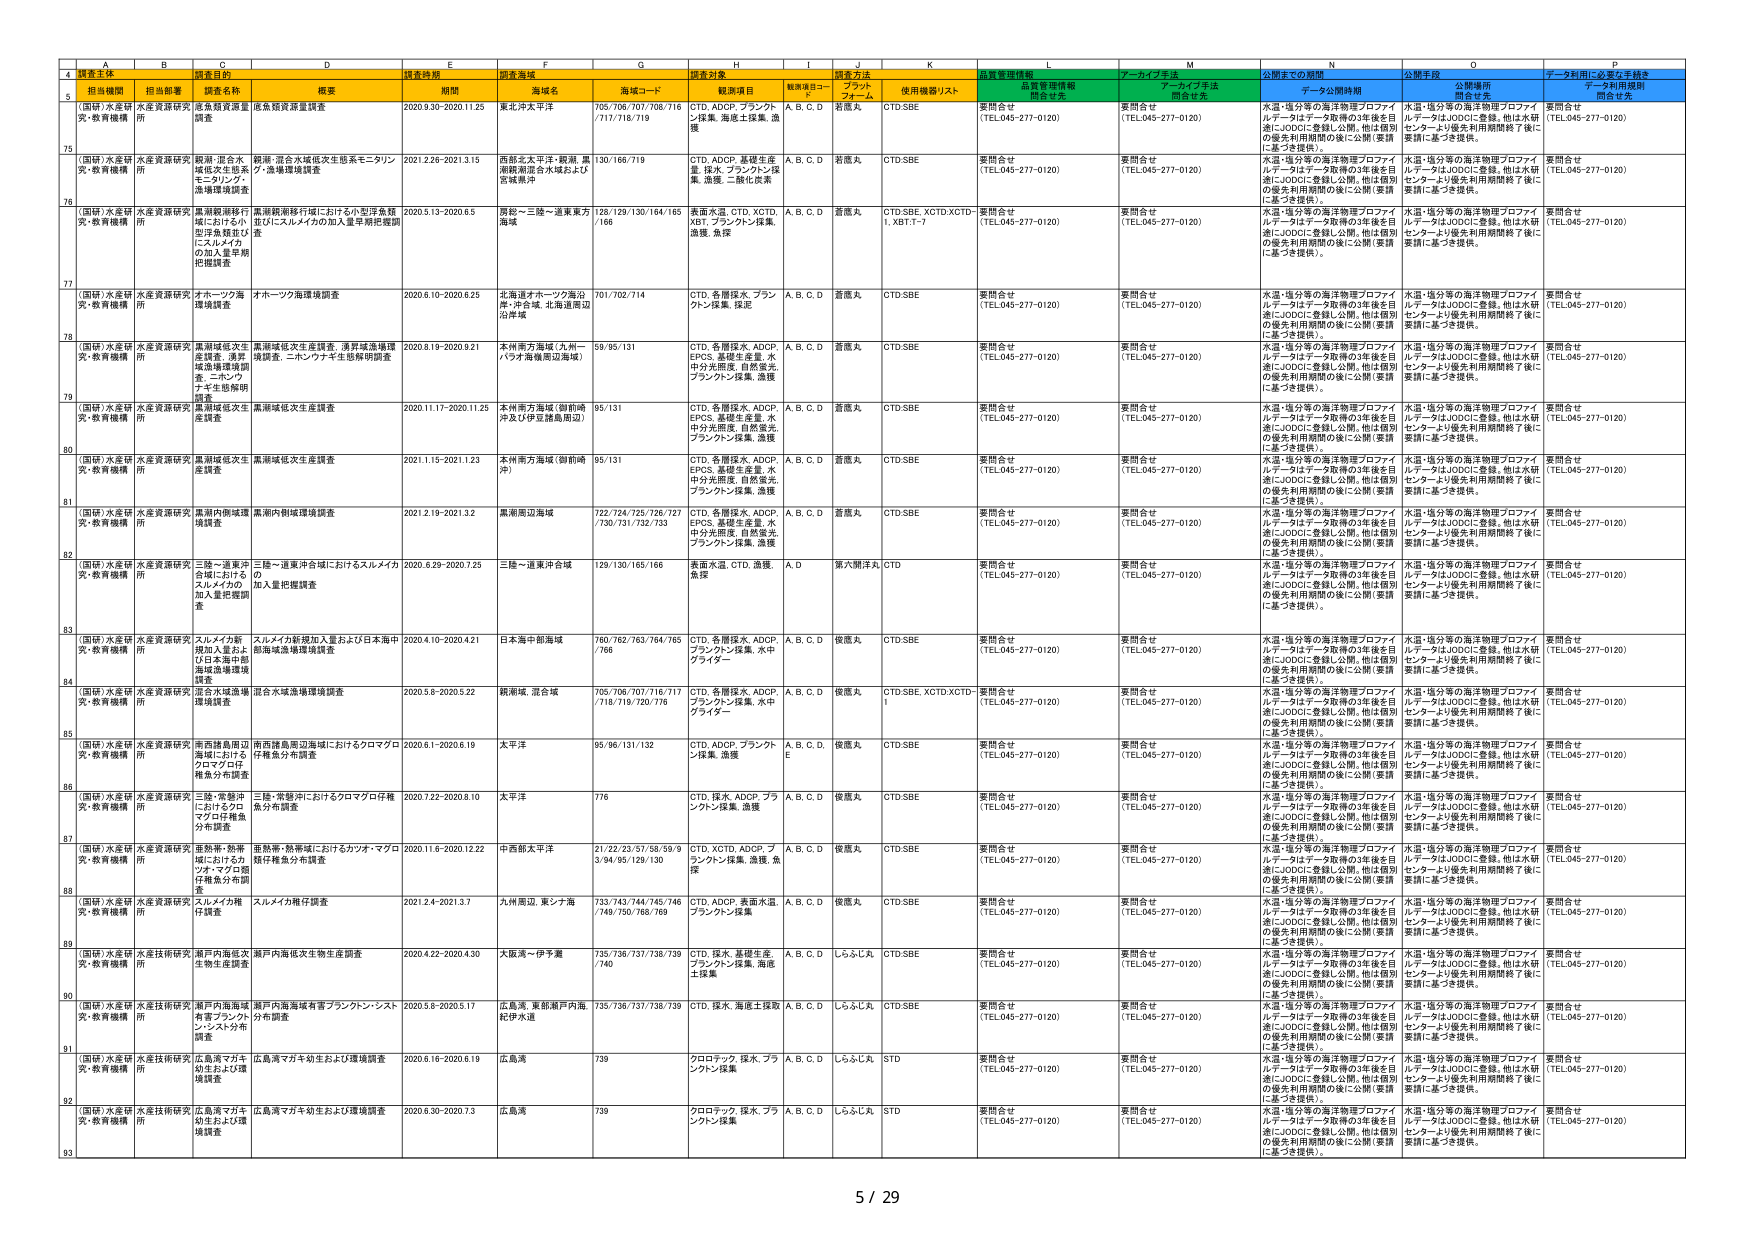
4 調査主体
5 担当機関 担当部署 調査目的 調査時期 調査海域 調査対象 調査方法 品質管理情報 データの公開期間 データ利用に関する手続き
6 （国研）水産研 究・教育機構 水産資源研究所 底魚類資源調査 底魚類資源調査 2020.9.30-2020.11.25 東北沖太平洋 705/706/707/708/716 /717/718/719 CTD, ADCP, ブランド レ採集, 海底土採集, 漁 獲 A, B, C, D 船載A CTD,SBE 要問合せ (TEL.045-277-0120) 要問合せ (TEL.045-277-0120) 水温・塩分等の海洋物理プロファイ ルデータはデータ取得の3年後を目 指しJODCに登録し公開。他は個別 の優先利用期間の後に公開（要請 に基づき提供）。 水温・塩分等の海洋物理プロファイ ルデータはJODCに登録。他は水研 センターより優先利用期間終了後に 要請に基づき提供。 要問合せ (TEL.045-277-0120)
75 （国研）水産研 究・教育機構 水産資源研究所 鯛科・混合水 域底支生態系 モニタリング・ 漁獲様態調査 鯛類・混合水域底支生態系モニタリン グ・漁獲様態調査 2021.2.26-2021.3.15 西部北太平洋・鯛類、黒 潮勝潮混合水域および 宮城県沖 130/166/719 CTD, ADCP, 基礎生産 量, 採水, ブランドレ採 集, 漁獲, 二酸化炭素 A, B, C, D 船載A CTD,SBE 要問合せ (TEL.045-277-0120) 要問合せ (TEL.045-277-0120) 水温・塩分等の海洋物理プロファイ ルデータはデータ取得の3年後を目 指しJODCに登録し公開。他は個別 の優先利用期間の後に公開（要請 に基づき提供）。 水温・塩分等の海洋物理プロファイ ルデータはJODCに登録。他は水研 センターより優先利用期間終了後に 要請に基づき提供。 要問合せ (TEL.045-277-0120)
76 （国研）水産研 究・教育機構 水産資源研究所 黒潮観測移行 期における小 型浮魚類及び にスルメイカ の加入量早期 把握調査 黒潮観測移行期における小型浮魚類 及びにスルメイカの加入量早期把握調 査 2020.5.13-2020.6.5 房総～三陸～道東東方 海域 128/129/130/164/165 /166 表面水温, CTD, XCTD, XBT, ブランドレ採集, 漁獲, 魚探 A, B, C, D 船載A CTD,SBE, XCTD,XCTD- 1, XBT,T-7 要問合せ (TEL.045-277-0120) 要問合せ (TEL.045-277-0120) 水温・塩分等の海洋物理プロファイ ルデータはデータ取得の3年後を目 指しJODCに登録し公開。他は個別 の優先利用期間の後に公開（要請 に基づき提供）。 水温・塩分等の海洋物理プロファイ ルデータはJODCに登録。他は水研 センターより優先利用期間終了後に 要請に基づき提供。 要問合せ (TEL.045-277-0120)
77 （国研）水産研 究・教育機構 水産資源研究所 オホーツク海 環境調査 オホーツク海環境調査 2020.6.10-2020.6.25 北海道オホーツク海沿 岸・沖合域, 北海道周辺 沿岸域 701/702/714 CTD, 各層採水, ブラン クレ採集, 採泥 A, B, C, D 船載A CTD,SBE 要問合せ (TEL.045-277-0120) 要問合せ (TEL.045-277-0120) 水温・塩分等の海洋物理プロファイ ルデータはデータ取得の3年後を目 指しJODCに登録し公開。他は個別 の優先利用期間の後に公開（要請 に基づき提供）。 水温・塩分等の海洋物理プロファイ ルデータはJODCに登録。他は水研 センターより優先利用期間終了後に 要請に基づき提供。 要問合せ (TEL.045-277-0120)
78 （国研）水産研 究・教育機構 水産資源研究所 黒潮域底支生 産調査・漁群 場環境調査調 査・ニワトウ ナ生産態勢調 査 黒潮域底支生産調査, 漁群場環境調 査調査, ニワトウナ生産態勢調査 2020.8.19-2020.9.21 本州東方海域（九州～ パラオ海嶺周辺海域） 59/85/131 CTD, 各層採水, ADCP, EPCS, 基礎生産量, 水 中分光照度, 自然蛍光, ブランドン採集, 漁獲 A, B, C, D 船載A CTD,SBE 要問合せ (TEL.045-277-0120) 要問合せ (TEL.045-277-0120) 水温・塩分等の海洋物理プロファイ ルデータはデータ取得の3年後を目 指しJODCに登録し公開。他は個別 の優先利用期間の後に公開（要請 に基づき提供）。 水温・塩分等の海洋物理プロファイ ルデータはJODCに登録。他は水研 センターより優先利用期間終了後に 要請に基づき提供。 要問合せ (TEL.045-277-0120)
79 （国研）水産研 究・教育機構 水産資源研究所 黒潮域底支生 産調査 黒潮域底支生産調査 2020.11.17-2020.11.25 本州東方海域（御前崎 沖及び伊豆諸島周辺） 95/131 CTD, 各層採水, ADCP, EPCS, 基礎生産量, 水 中分光照度, 自然蛍光, ブランドン採集, 漁獲 A, B, C, D 船載A CTD,SBE 要問合せ (TEL.045-277-0120) 要問合せ (TEL.045-277-0120) 水温・塩分等の海洋物理プロファイ ルデータはデータ取得の3年後を目 指しJODCに登録し公開。他は個別 の優先利用期間の後に公開（要請 に基づき提供）。 水温・塩分等の海洋物理プロファイ ルデータはJODCに登録。他は水研 センターより優先利用期間終了後に 要請に基づき提供。 要問合せ (TEL.045-277-0120)
80 （国研）水産研 究・教育機構 水産資源研究所 黒潮域底支生 産調査 黒潮域底支生産調査 2021.1.15-2021.1.23 本州東方海域（御前崎 沖） 95/131 CTD, 各層採水, ADCP, EPCS, 基礎生産量, 水 中分光照度, 自然蛍光, ブランドン採集, 漁獲 A, B, C, D 船載A CTD,SBE 要問合せ (TEL.045-277-0120) 要問合せ (TEL.045-277-0120) 水温・塩分等の海洋物理プロファイ ルデータはデータ取得の3年後を目 指しJODCに登録し公開。他は個別 の優先利用期間の後に公開（要請 に基づき提供）。 水温・塩分等の海洋物理プロファイ ルデータはJODCに登録。他は水研 センターより優先利用期間終了後に 要請に基づき提供。 要問合せ (TEL.045-277-0120)
81 （国研）水産研 究・教育機構 水産資源研究所 黒潮内側環境 様態調査 黒潮内側環境様態調査 2021.2.19-2021.3.2 黒潮周辺海域 722/724/725/726/727 /730/731/732/733 CTD, 各層採水, ADCP, EPCS, 基礎生産量, 水 中分光照度, 自然蛍光, ブランドン採集, 漁獲 A, B, C, D 船載A CTD,SBE 要問合せ (TEL.045-277-0120) 要問合せ (TEL.045-277-0120) 水温・塩分等の海洋物理プロファイ ルデータはデータ取得の3年後を目 指しJODCに登録し公開。他は個別 の優先利用期間の後に公開（要請 に基づき提供）。 水温・塩分等の海洋物理プロファイ ルデータはJODCに登録。他は水研 センターより優先利用期間終了後に 要請に基づき提供。 要問合せ (TEL.045-277-0120)
82 （国研）水産研 究・教育機構 水産資源研究所 三陸～道東沖 合域における スルメイカの 加入量把握調 査 三陸～道東沖合域におけるスルメイカ 加入量把握調査 2020.6.29-2020.7.25 三陸～道東沖合域 129/130/165/166 表面水温, CTD, 漁獲, 魚探 A, D 第六関洋丸 CTD 要問合せ (TEL.045-277-0120) 要問合せ (TEL.045-277-0120) 水温・塩分等の海洋物理プロファイ ルデータはデータ取得の3年後を目 指しJODCに登録し公開。他は個別 の優先利用期間の後に公開（要請 に基づき提供）。 水温・塩分等の海洋物理プロファイ ルデータはJODCに登録。他は水研 センターより優先利用期間終了後に 要請に基づき提供。 要問合せ (TEL.045-277-0120)
83 （国研）水産研 究・教育機構 水産資源研究所 スルメイカ新 規加入量およ び日本海中部 海域漁獲様態 調査 スルメイカ新規加入量および日本海中 部海域漁獲様態調査 2020.4.10-2020.4.21 日本海中部海域 760/762/763/764/765 /766 CTD, 各層採水, ADCP, ブランドン採集, 水中 グライダー A, B, C, D 複載A CTD,SBE 要問合せ (TEL.045-277-0120) 要問合せ (TEL.045-277-0120) 水温・塩分等の海洋物理プロファイ ルデータはデータ取得の3年後を目 指しJODCに登録し公開。他は個別 の優先利用期間の後に公開（要請 に基づき提供）。 水温・塩分等の海洋物理プロファイ ルデータはJODCに登録。他は水研 センターより優先利用期間終了後に 要請に基づき提供。 要問合せ (TEL.045-277-0120)
84 （国研）水産研 究・教育機構 水産資源研究所 混合水域環境 様態調査 混合水域環境様態調査 2020.5.8-2020.5.22 親潮域, 混合域 705/706/707/716/717 /718/719/720/776 CTD, 各層採水, ADCP, ブランドン採集, 水中 グライダー A, B, C, D 複載A CTD,SBE, XCTD,XCTD- 1 要問合せ (TEL.045-277-0120) 要問合せ (TEL.045-277-0120) 水温・塩分等の海洋物理プロファイ ルデータはデータ取得の3年後を目 指しJODCに登録し公開。他は個別 の優先利用期間の後に公開（要請 に基づき提供）。 水温・塩分等の海洋物理プロファイ ルデータはJODCに登録。他は水研 センターより優先利用期間終了後に 要請に基づき提供。 要問合せ (TEL.045-277-0120)
85 （国研）水産研 究・教育機構 水産資源研究所 南西諸島周辺 海域における クロマグロの 種魚分布調査 南西諸島周辺海域におけるクロマグロ 種魚分布調査 2020.6.1-2020.6.19 太平洋 95/96/131/132 CTD, ADCP, ブランド レ採集, 漁獲 A, B, C, D, E 船載A CTD,SBE 要問合せ (TEL.045-277-0120) 要問合せ (TEL.045-277-0120) 水温・塩分等の海洋物理プロファイ ルデータはデータ取得の3年後を目 指しJODCに登録し公開。他は個別 の優先利用期間の後に公開（要請 に基づき提供）。 水温・塩分等の海洋物理プロファイ ルデータはJODCに登録。他は水研 センターより優先利用期間終了後に 要請に基づき提供。 要問合せ (TEL.045-277-0120)
86 （国研）水産研 究・教育機構 水産資源研究所 三陸・常磐沖 におけるクロ マグロ仔稚魚 分布調査 三陸・常磐沖におけるクロマグロ仔稚 魚分布調査 2020.7.22-2020.8.10 太平洋 776 CTD, 採水, ADCP, ブラ ンドン採集, 漁獲 A, B, C, D 複載A CTD,SBE 要問合せ (TEL.045-277-0120) 要問合せ (TEL.045-277-0120) 水温・塩分等の海洋物理プロファイ ルデータはデータ取得の3年後を目 指しJODCに登録し公開。他は個別 の優先利用期間の後に公開（要請 に基づき提供）。 水温・塩分等の海洋物理プロファイ ルデータはJODCに登録。他は水研 センターより優先利用期間終了後に 要請に基づき提供。 要問合せ (TEL.045-277-0120)
87 （国研）水産研 究・教育機構 水産資源研究所 亜熱帯・熱帯 域におけるカ ツオ・マグロ類 仔稚魚分布調 査 亜熱帯・熱帯域におけるカツオ・マグロ 類仔稚魚分布調査 2020.11.6-2020.12.22 中西部太平洋 21/22/23/57/58/59/9 3/94/95/129/130 CTD, XCTD, ADCP, ブ ランドン採集, 漁獲, 魚 探 A, B, C, D 複載A CTD,SBE 要問合せ (TEL.045-277-0120) 要問合せ (TEL.045-277-0120) 水温・塩分等の海洋物理プロファイ ルデータはデータ取得の3年後を目 指しJODCに登録し公開。他は個別 の優先利用期間の後に公開（要請 に基づき提供）。 水温・塩分等の海洋物理プロファイ ルデータはJODCに登録。他は水研 センターより優先利用期間終了後に 要請に基づき提供。 要問合せ (TEL.045-277-0120)
88 （国研）水産研 究・教育機構 水産資源研究所 スルメイカ稚 仔調査 スルメイカ稚仔調査 2021.2.4-2021.3.7 九州周辺, 東シナ海 733/743/744/745/746 /748/750/768/769 CTD, ADCP, 表面水温, ブランドン採集 A, B, C, D 複載A CTD,SBE 要問合せ (TEL.045-277-0120) 要問合せ (TEL.045-277-0120) 水温・塩分等の海洋物理プロファイ ルデータはデータ取得の3年後を目 指しJODCに登録し公開。他は個別 の優先利用期間の後に公開（要請 に基づき提供）。 水温・塩分等の海洋物理プロファイ ルデータはJODCに登録。他は水研 センターより優先利用期間終了後に 要請に基づき提供。 要問合せ (TEL.045-277-0120)
89 （国研）水産研 究・教育機構 水産技術研究 所 瀬戸内海底支 生物生産調査 瀬戸内海底支生物生産調査 2020.4.22-2020.4.30 大阪湾～伊予灘 735/736/737/738/739 /740 CTD, 採水, 基礎生産, ブランドン採集, 海底 土採集 A, B, C, D しらふし丸 CTD,SBE 要問合せ (TEL.045-277-0120) 要問合せ (TEL.045-277-0120) 水温・塩分等の海洋物理プロファイ ルデータはデータ取得の3年後を目 指しJODCに登録し公開。他は個別 の優先利用期間の後に公開（要請 に基づき提供）。 水温・塩分等の海洋物理プロファイ ルデータはJODCに登録。他は水研 センターより優先利用期間終了後に 要請に基づき提供。 要問合せ (TEL.045-277-0120)
90 （国研）水産研 究・教育機構 水産技術研究 所 瀬戸内海海域 表層ブランドン シンスル分布 調査 瀬戸内海海域有脊ブランドン・シスト ル分布調査 2020.5.8-2020.5.17 広島湾, 東部瀬戸内海, 紀伊水道 735/736/737/738/739 CTD, 採水, 海底土採取 A, B, C, D しらふし丸 CTD,SBE 要問合せ (TEL.045-277-0120) 要問合せ (TEL.045-277-0120) 水温・塩分等の海洋物理プロファイ ルデータはデータ取得の3年後を目 指しJODCに登録し公開。他は個別 の優先利用期間の後に公開（要請 に基づき提供）。 水温・塩分等の海洋物理プロファイ ルデータはJODCに登録。他は水研 センターより優先利用期間終了後に 要請に基づき提供。 要問合せ (TEL.045-277-0120)
91 （国研）水産研 究・教育機構 水産技術研究 所 広島湾マガキ 幼生および環境 調査 広島湾マガキ幼生および環境調査 2020.6.16-2020.6.19 広島湾 739 クロロテック, 採水, フラ シントン採集 A, B, C, D しらふし丸 STD 要問合せ (TEL.045-277-0120) 要問合せ (TEL.045-277-0120) 水温・塩分等の海洋物理プロファイ ルデータはデータ取得の3年後を目 指しJODCに登録し公開。他は個別 の優先利用期間の後に公開（要請 に基づき提供）。 水温・塩分等の海洋物理プロファイ ルデータはJODCに登録。他は水研 センターより優先利用期間終了後に 要請に基づき提供。 要問合せ (TEL.045-277-0120)
92 （国研）水産研 究・教育機構 水産技術研究 所 広島湾マガキ 幼生および環境 調査 広島湾マガキ幼生および環境調査 2020.6.30-2020.7.3 広島湾 739 クロロテック, 採水, フラ シントン採集 A, B, C, D しらふし丸 STD 要問合せ (TEL.045-277-0120) 要問合せ (TEL.045-277-0120) 水温・塩分等の海洋物理プロファイ ルデータはデータ取得の3年後を目 指しJODCに登録し公開。他は個別 の優先利用期間の後に公開（要請 に基づき提供）。 水温・塩分等の海洋物理プロファイ ルデータはJODCに登録。他は水研 センターより優先利用期間終了後に 要請に基づき提供。 要問合せ (TEL.045-277-0120)
93
5 / 29